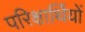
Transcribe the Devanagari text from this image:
परिक्षार्थियों